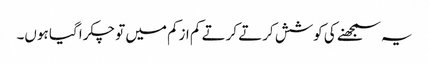
یہ سمجھنے کی کوشش کرتے کرتے کم ازکم میں تو چکرا گیا ہوں۔